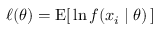
\ell ( \theta ) = \operatorname { E } [ \, \ln f ( x _ { i } \mid \theta ) \, ]